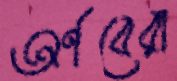
অর্ণবেরা